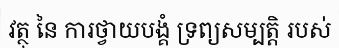
វត្ថុ នៃ ការថ្វាយបង្គំ ទ្រព្យសម្បត្តិ របស់